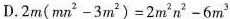
D. $$2 m ( m n^{2} - 3 m^{2}) = 2 m^{2} n^{2} - 6 m^{3}$$